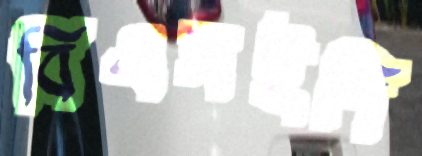
বিএসইপি